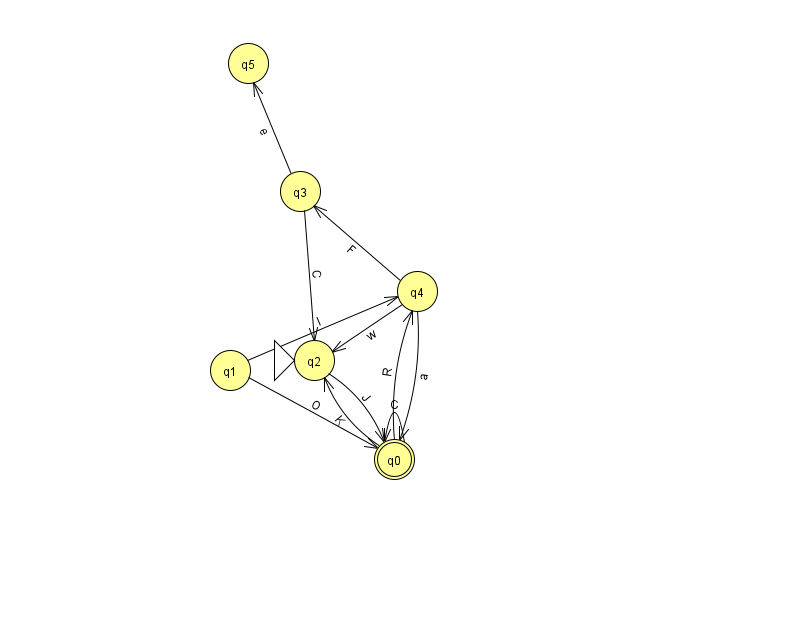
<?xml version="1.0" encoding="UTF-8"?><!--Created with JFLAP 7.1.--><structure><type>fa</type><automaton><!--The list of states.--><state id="0" name="q0"><x>394.0</x><y>446.0</y><final/></state><state id="1" name="q1"><x>230.0</x><y>357.0</y></state><state id="2" name="q2"><x>314.0</x><y>347.0</y><initial/></state><state id="3" name="q3"><x>300.0</x><y>178.0</y></state><state id="4" name="q4"><x>417.0</x><y>278.0</y></state><state id="5" name="q5"><x>248.0</x><y>50.0</y></state><!--The list of transitions.--><transition><from>4</from><to>0</to><read>a</read></transition><transition><from>1</from><to>4</to><read>I</read></transition><transition><from>0</from><to>0</to><read>C</read></transition><transition><from>0</from><to>4</to><read>R</read></transition><transition><from>3</from><to>5</to><read>e</read></transition><transition><from>1</from><to>0</to><read>O</read></transition><transition><from>0</from><to>2</to><read>K</read></transition><transition><from>2</from><to>0</to><read>J</read></transition><transition><from>4</from><to>3</to><read>F</read></transition><transition><from>4</from><to>2</to><read>w</read></transition><transition><from>3</from><to>2</to><read>C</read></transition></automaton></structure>